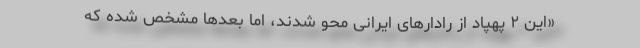
«این ۲ پهپاد از رادار‌های ایرانی محو شدند، اما بعد‌ها مشخص شده که